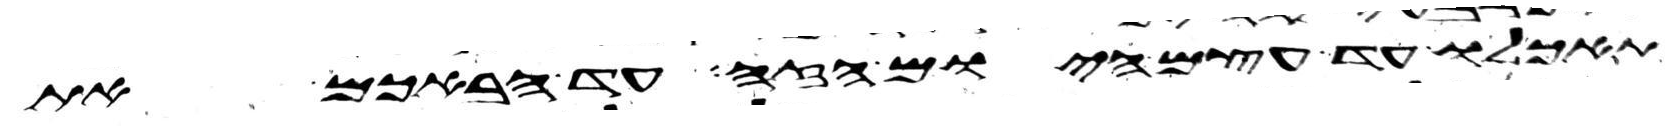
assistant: תאכלו עד עצם היום הזה עד הבאכם את